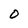
Character: O